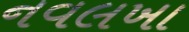
નવલખા